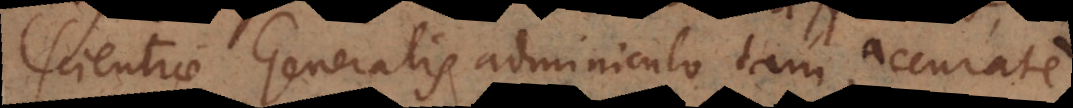
Scientiae Generalis adminiculo tam accurate